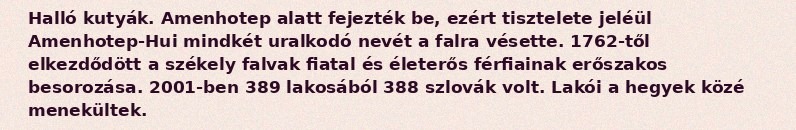
Halló kutyák. Amenhotep alatt fejezték be, ezért tisztelete jeléül Amenhotep-Hui mindkét uralkodó nevét a falra vésette. 1762-től elkezdődött a székely falvak fiatal és életerős férfiainak erőszakos besorozása. 2001-ben 389 lakosából 388 szlovák volt. Lakói a hegyek közé menekültek.